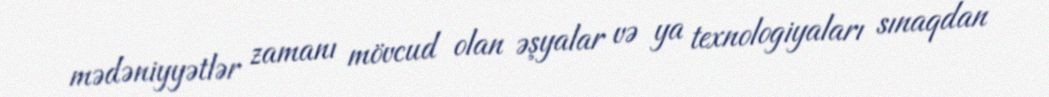
mədəniyyətlər zamanı mövcud olan əşyalar və ya texnologiyaları sınaqdan